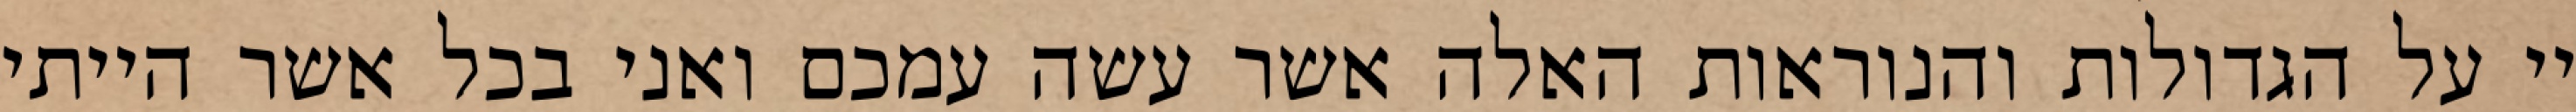
יי על הגדולות והנוראות האלה אשר עשה עמכם ואני בכל אשר הייתי